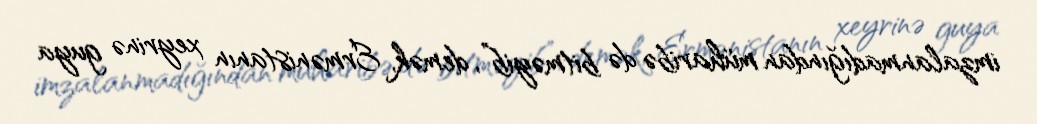
imzalanmadığından müharibə də bitməyib”, demək, Ermənistanın xeyrinə guya